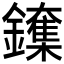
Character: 𲇨